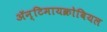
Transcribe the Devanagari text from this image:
ॲन्टिमायक्रोबियल